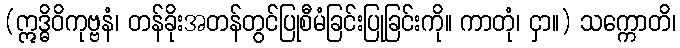
(ဣဒ္ဓိဝိကုဗ္ဗနံ၊ တန်ခိုးအတန်တွင်ပြုစီမံခြင်းပြုခြင်းကို။ ကာတုံ၊ ငှာ။) သက္ကောတိ၊